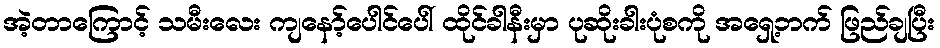
အဲ့တာကြောင့် သမီးလေး ကျနော့်ပေါင်ပေါ် ထိုင်ခါနီးမှာ ပုဆိုးခါးပုံစကို အရှေ့ဘက် ဖြည်ချပြီး